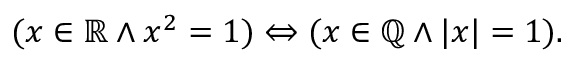
( x \in \mathbb { R } \land x ^ { 2 } = 1 ) \Leftrightarrow ( x \in \mathbb { Q } \land | x | = 1 ) .